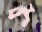
প